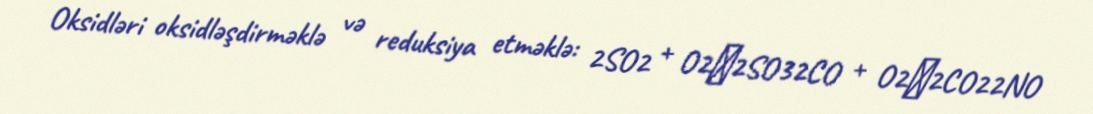
Oksidləri oksidləşdirməklə və reduksiya etməklə: 2SO2 + O2→2SO32CO + O2→2CO22NO